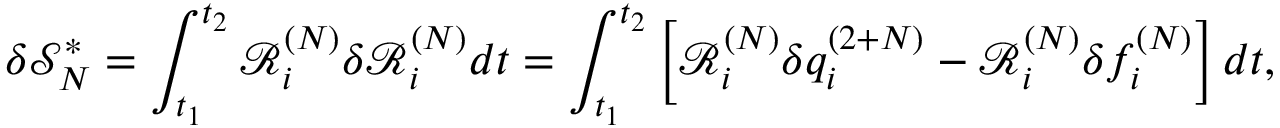
\delta \mathcal { S } _ { N } ^ { * } = \int _ { t _ { 1 } } ^ { t _ { 2 } } \mathcal { R } _ { i } ^ { ( N ) } \delta \mathcal { R } _ { i } ^ { ( N ) } d t = \int _ { t _ { 1 } } ^ { t _ { 2 } } \left[ \mathcal { R } _ { i } ^ { ( N ) } \delta { q } _ { i } ^ { ( 2 + N ) } - \mathcal { R } _ { i } ^ { ( N ) } \delta f _ { i } ^ { ( N ) } \right] d t ,